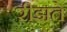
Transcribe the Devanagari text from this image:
रीझते